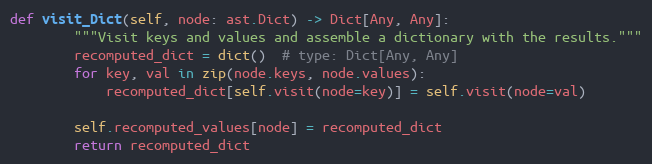
Language: Python
def visit_Dict(self, node: ast.Dict) -> Dict[Any, Any]:
        """Visit keys and values and assemble a dictionary with the results."""
        recomputed_dict = dict()  # type: Dict[Any, Any]
        for key, val in zip(node.keys, node.values):
            recomputed_dict[self.visit(node=key)] = self.visit(node=val)

        self.recomputed_values[node] = recomputed_dict
        return recomputed_dict